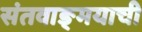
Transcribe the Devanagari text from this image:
संतवाङ्‌मयाची